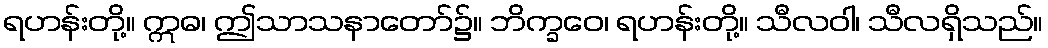
ရဟန်းတို့။ ဣဓ၊ ဤသာသနာတော်၌။ ဘိက္ခဝေ၊ ရဟန်းတို့။ သီလဝါ၊ သီလရှိသည်။